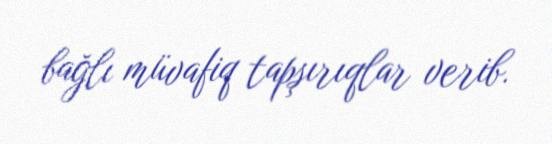
bağlı müvafiq tapşırıqlar verib.